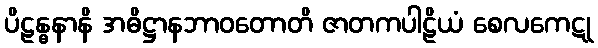
ပိဠန္ဓနာနိ အဓိဋ္ဌာနဘာဝတောတိ ဇာတကပါဠိယံ စေလကေဋု